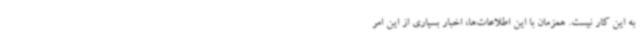
به این کار نیست. همزمان با این اطلاعات‌ها، اخبار بسیاری از این امر